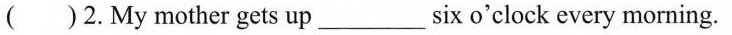
( )2.My mother gets up___ six o'clock every morning.